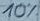
Text: 10%